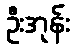
ဦးအုန်း